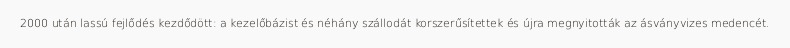
2000 után lassú fejlődés kezdődött: a kezelőbázist és néhány szállodát korszerűsítettek és újra megnyitották az ásványvizes medencét.